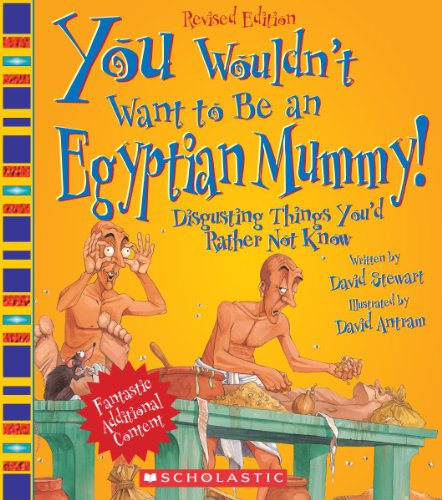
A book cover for You Wouldn't Want to Be an Egyptian Mummy!: Digusting Things You'd Rather Not Know; David Stewart; Children's Books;